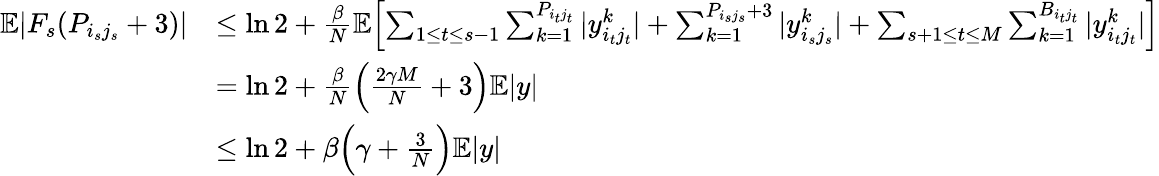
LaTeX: \begin{array}{rl}{\mathbb E|F_{s}(P_{i_{s}j_{s}}+3)|}&{\leq\ln 2+\frac{\beta}{N}\mathbb E\Bigl[\sum_{1\leq t\leq s-1}\sum_{k=1}^{P_{i_{t}j_{t}}}|y_{i_{t}j_{t}}^{k}|+\sum_{k=1}^{P_{i_{s}j_{s}}+3}|y_{i_{s}j_{s}}^{k}|+\sum_{s+1\leq t\leq M}\sum_{k=1}^{B_{i_{t}j_{t}}}|y_{i_{t}j_{t}}^{k}|\Bigr]}\\ &{=\ln 2+\frac{\beta}{N}\Bigl(\frac{2\gamma M}{N}+3\Bigr)\mathbb E|y|}\\ &{\leq\ln 2+\beta\Bigl(\gamma+\frac{3}{N}\Bigr)\mathbb E|y|}\end{array}